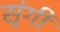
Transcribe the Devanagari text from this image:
सृंगी